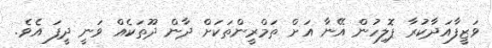
ވަޒީފާއަދާކުރާ ޕޮލިހުން އޭނާ އަށް ތަމްރީންތަކަށް ދާން ދޫތަކެއް ވަނީ ދީފަ އެވެ.